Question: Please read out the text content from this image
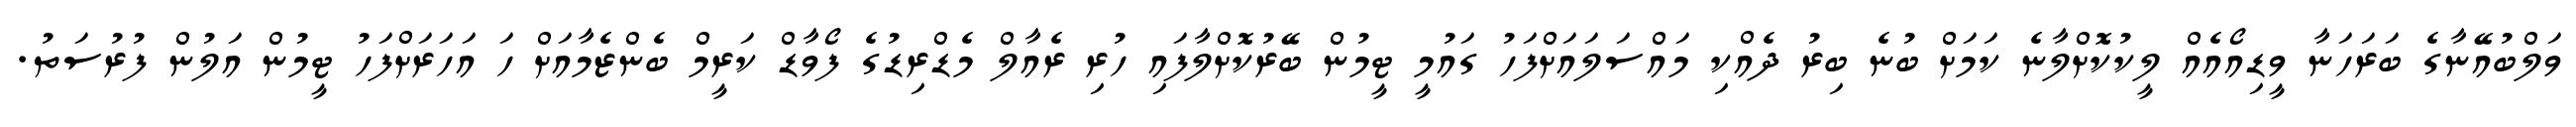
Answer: ވަލްބުއޭނާގެ ބަރަހަނާ ވީޑިއޯއެއް ލީކުކޮށްލާނެ ކަމަށް ބުނެ ބިރު ދެއްކި މައްސަލައަށްފަހު ގައުމީ ޓީމުން ބޭރުކޮށްލާފައި ހުރި ރެއާލް މެޑްރިޑުގެ ފޯވާޑް ކަރީމް ބެންޒެމާއަށް ހަ އަހަރަށްފަހު ޓީމުން އަލުން ފުރުސަތު.